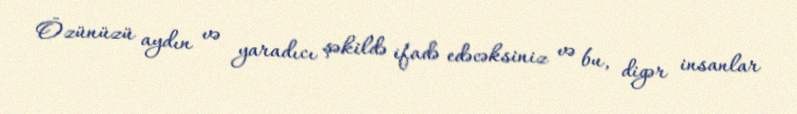
Özünüzü aydın və yaradıcı şəkildə ifadə edəcəksiniz və bu, digər insanlar